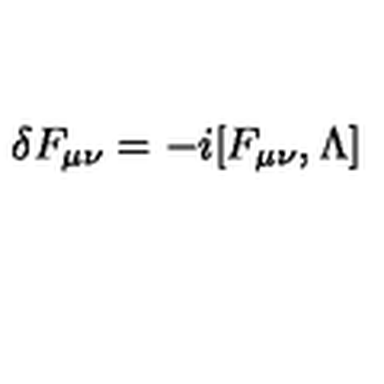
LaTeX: \delta F _ { \mu \nu } = - i [ F _ { \mu \nu } , \Lambda ]